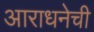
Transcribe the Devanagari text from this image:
आराधनेची